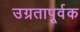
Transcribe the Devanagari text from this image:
उग्रतापूर्वक